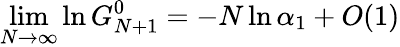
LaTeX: \operatorname*{lim}_{N\rightarrow\infty}\ln G_{N+1}^{0}=-N\ln\alpha_{1}+O(1)